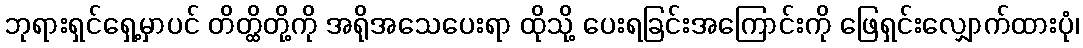
ဘုရားရှင်ရှေ့မှာပင် တိတ္ထိတို့ကို အရိုအသေပေးရာ ထိုသို့ ပေးရခြင်းအကြောင်းကို ဖြေရှင်းလျှောက်ထားပုံ၊